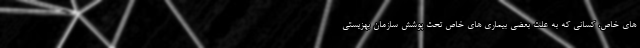
های خاص، کسانی که به علت بعضی بیماری های خاص تحت پوشش سازمان بهزیستی